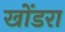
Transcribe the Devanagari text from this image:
खोंडरा